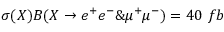
\sigma ( X ) B ( X \to e ^ { + } e ^ { - } \& \mu ^ { + } \mu ^ { - } ) = 4 0 ~ f b